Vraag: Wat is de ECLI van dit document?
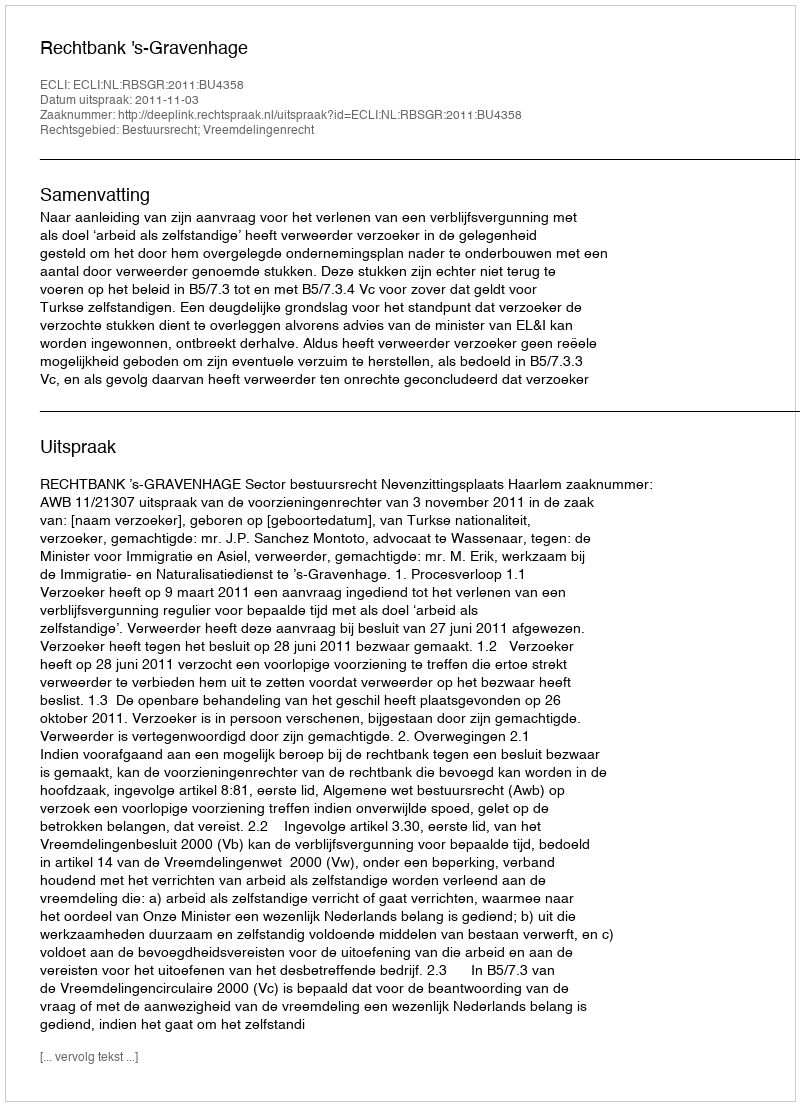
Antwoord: ECLI:NL:RBSGR:2011:BU4358